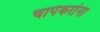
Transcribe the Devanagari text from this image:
चापेकरांना